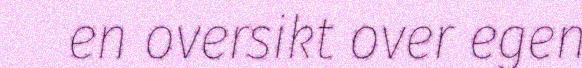
en oversikt over egen